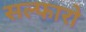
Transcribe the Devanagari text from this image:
सल्फारो